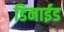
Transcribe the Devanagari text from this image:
डिनाईड